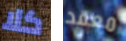
كلا معقد